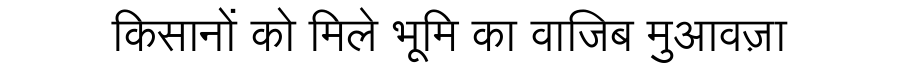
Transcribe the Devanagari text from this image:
किसानों को मिले भूमि का वाजिब मुआवज़ा